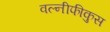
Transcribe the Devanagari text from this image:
वल्नीफीकुस